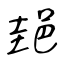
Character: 郌